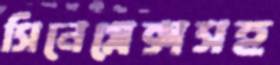
সিনেপ্লেক্সসহ